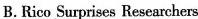
B.Rico Surprises Researchers